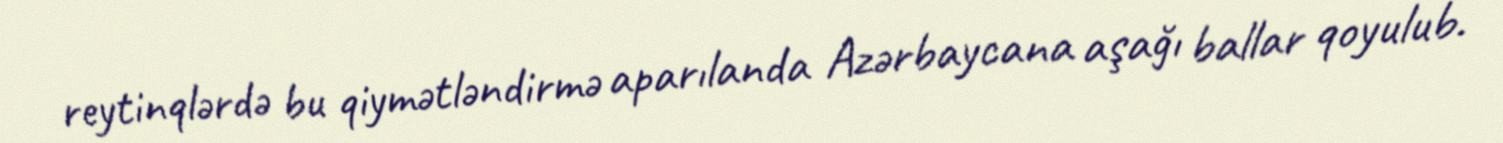
reytinqlərdə bu qiymətləndirmə aparılanda Azərbaycana aşağı ballar qoyulub.